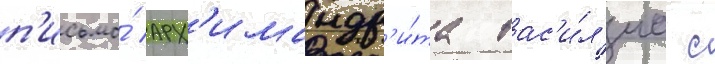
п'исьмо́ арх'имандр'и́та вас'и́л'иа с